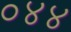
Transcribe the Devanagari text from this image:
०४४